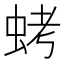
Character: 𮔁